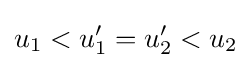
u_{1}<u_{1}'=u_{2}'<u_{2}